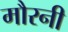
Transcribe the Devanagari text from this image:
मौरनी